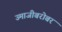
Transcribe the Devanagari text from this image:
उमाजीबरोबर